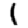
Digit: 1